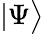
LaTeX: |\Psi\bigr>